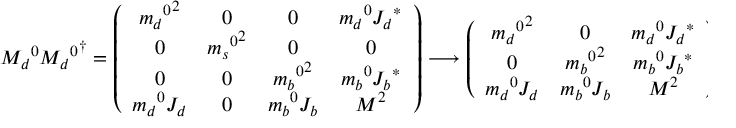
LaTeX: { M _ { d } } ^ { 0 } { { M _ { d } } ^ { 0 } } ^ { \dagger } = \left( \begin{array} { c c c c } { { { { m _ { d } } ^ { 0 } } ^ { 2 } } } & { { 0 } } & { { 0 } } & { { { m _ { d } } ^ { 0 } { J _ { d } } ^ { \ast } } } \\ { { 0 } } & { { { { m _ { s } } ^ { 0 } } ^ { 2 } } } & { { 0 } } & { { 0 } } \\ { { 0 } } & { { 0 } } & { { { { m _ { b } } ^ { 0 } } ^ { 2 } } } & { { { m _ { b } } ^ { 0 } { J _ { b } } ^ { \ast } } } \\ { { { m _ { d } } ^ { 0 } J _ { d } } } & { { 0 } } & { { { m _ { b } } ^ { 0 } J _ { b } } } & { { M ^ { 2 } } } \end{array} \right) \: \: \longrightarrow \: \: \left( \begin{array} { c c c } { { { { m _ { d } } ^ { 0 } } ^ { 2 } } } & { { 0 } } & { { { m _ { d } } ^ { 0 } { J _ { d } } ^ { \ast } } } \\ { { 0 } } & { { { { m _ { b } } ^ { 0 } } ^ { 2 } } } & { { { m _ { b } } ^ { 0 } { J _ { b } } ^ { \ast } } } \\ { { { m _ { d } } ^ { 0 } J _ { d } } } & { { { m _ { b } } ^ { 0 } J _ { b } } } & { { M ^ { 2 } } } \end{array} \right) \: .